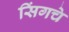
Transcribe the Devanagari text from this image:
सिंगचे